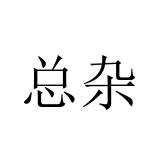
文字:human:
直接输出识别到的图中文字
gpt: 总杂